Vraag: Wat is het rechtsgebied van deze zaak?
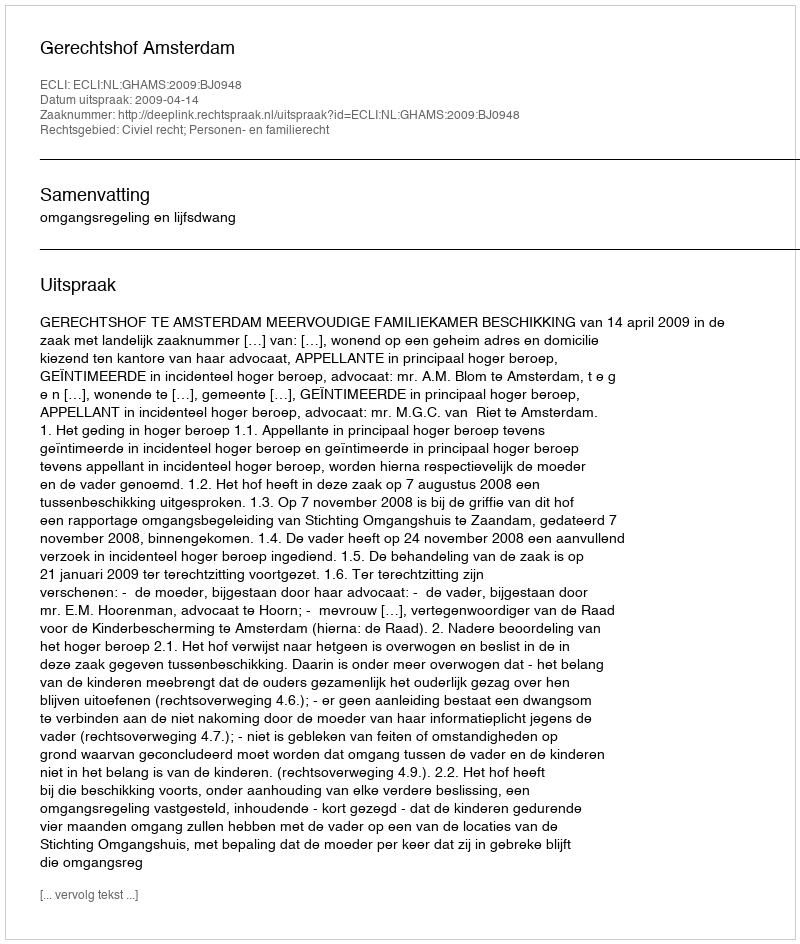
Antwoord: Civiel recht; Personen- en familierecht